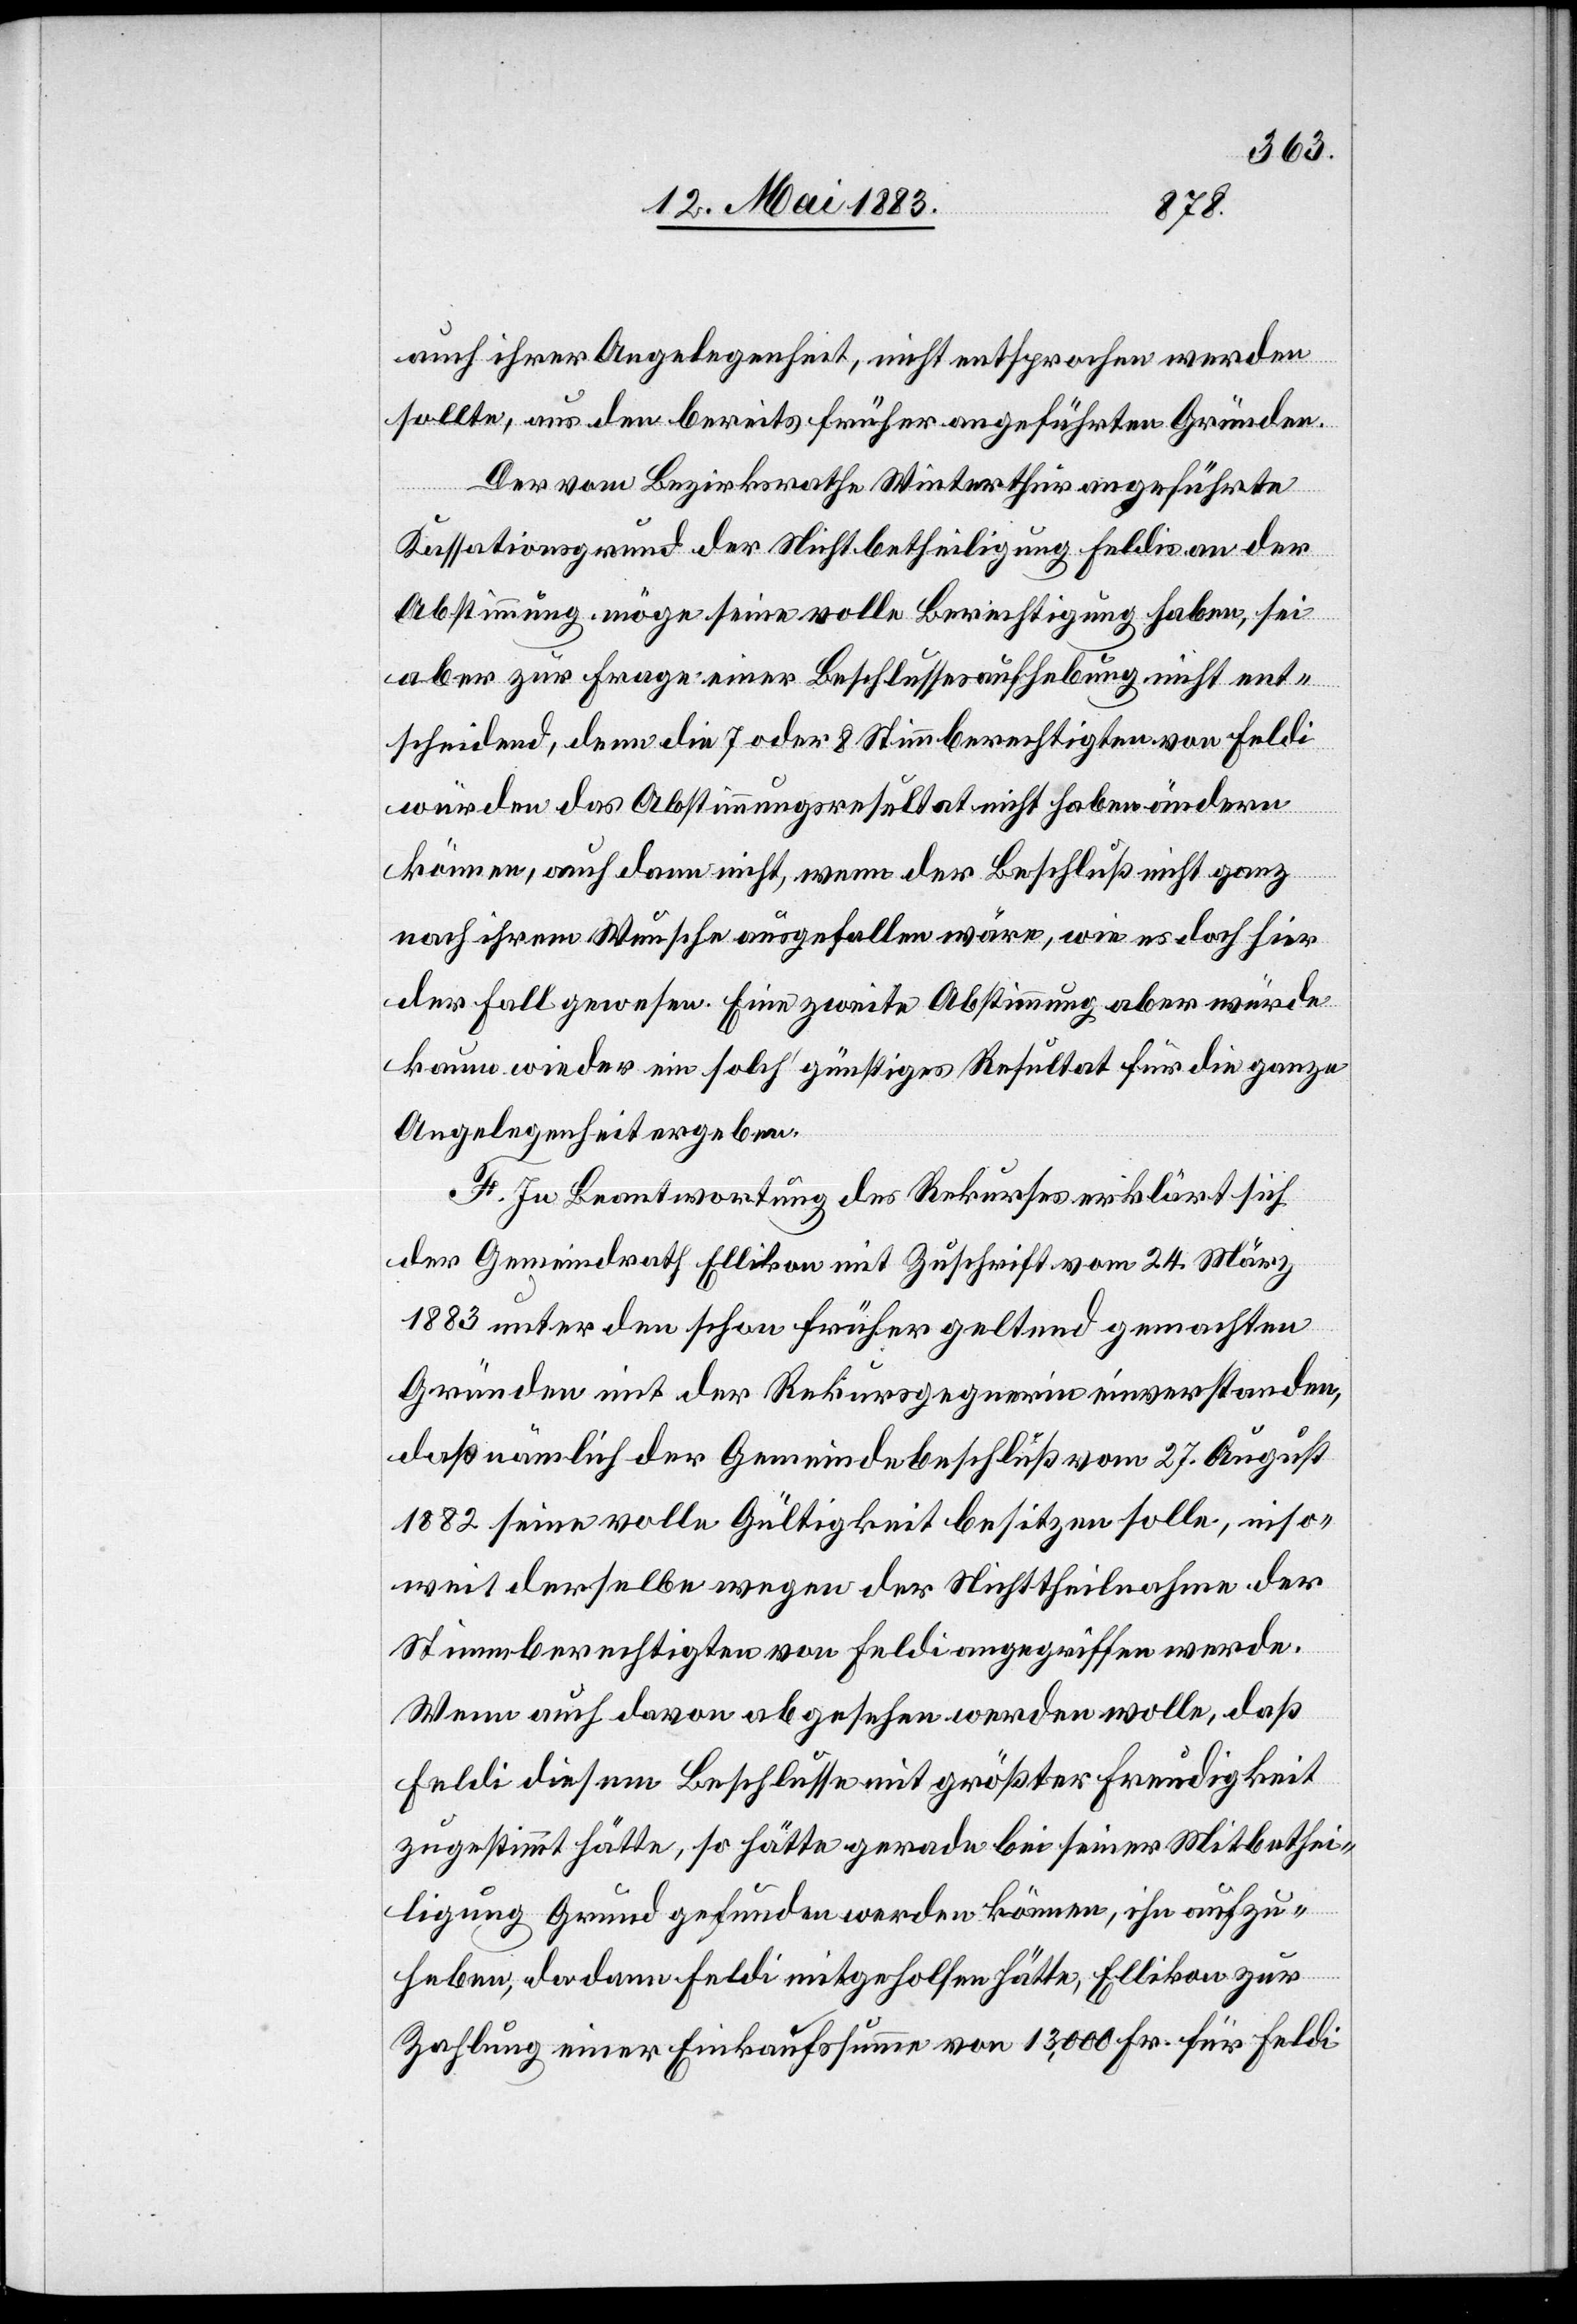
auch ihrer Angelegenheit, nicht entsprochen werden
sollte, aus den bereits früher angeführten Gründen.
Der vom Bezirksrathe Winterthur angeführte
Kassationsgrund der Nichtbetheiligung Feldis an der
Abstimmung möge seine volle Berechtigung haben, sei
aber zur Frage einer Beschlussesaufhebung nicht ent¬
scheidend, denn die 7 oder 8 Stimmberechtigten von Feldi
würden das Abstimmungsresultat nicht haben ändern
können, auch dann nicht, wenn der Beschluß nicht ganz
nach ihrem Wunsche ausgefallen wäre, wie es doch hier
der Fall gewesen. Eine zweite Abstimmung aber würde
kaum wieder ein solch’ günstiges Resultat für die ganze
Angelegenheit ergeben.
F. In Beantwortung des Rekurses erklärt sich
der Gemeindrath Ellikon mit Zuschrift vom 24. März
1883 unter den schon früher geltend gemachten
Gründen mit der Rekursgegnerin einverstanden,
daß nämlich der Gemeindebeschluß vom 27. August
1882 seine volle Gültigkeit besitzen solle, inso¬
weit derselbe wegen der Nichttheilnahme der
Stimmberechtigten von Feldi angegriffen werde.
Wenn auch davon abgesehen werden wolle, daß
Feldi diesem Beschlusses mit größter Freudigkeit
zugestimmt hätte, so hätte gerade bei seiner Mitbethei¬
ligung Grund gefunden werden können, ihn aufzu¬
heben, da dann Feldi mitgeholfen hätte, Ellikon zur
Zahlung einer Einkaufssumme von 13,000 Fr. für Feldi